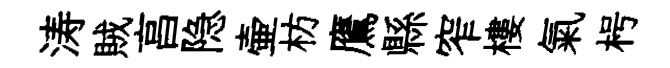
涛賊亯隐壷枋鷹縣窄樓氣枵